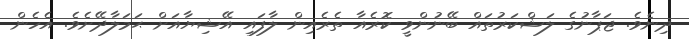
ދިނެވެ. ޖަޕާނުގެ ލަޝްކަރުތައް ބޭނުންވީ ކޮރެއާ ތެރެއިން ލާފައި އޭޝިޔާއަށް ޙަމަލާދޭށެވެ. އެހެން